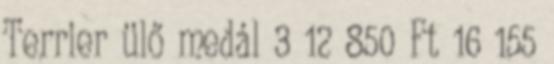
Terrier ülő medál 3 12 850 Ft 16 155